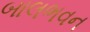
બાલભવન